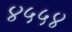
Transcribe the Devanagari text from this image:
४५५४